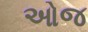
ઓજ